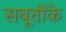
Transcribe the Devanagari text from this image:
सबूतोंके